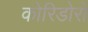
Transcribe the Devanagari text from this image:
कोरिडोरों